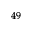
^ { 4 9 }